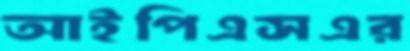
আইপিএসএর